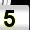
Digit: 5